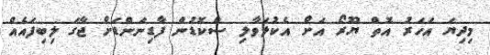
މިދިޔަ އަހަރު އޮތް ޔޫރޯ އަށް އެކުލަވާލި ސްކޮޑުން ފާޑިނަންޑަށް ޖާގަ ލިބިފައެއް